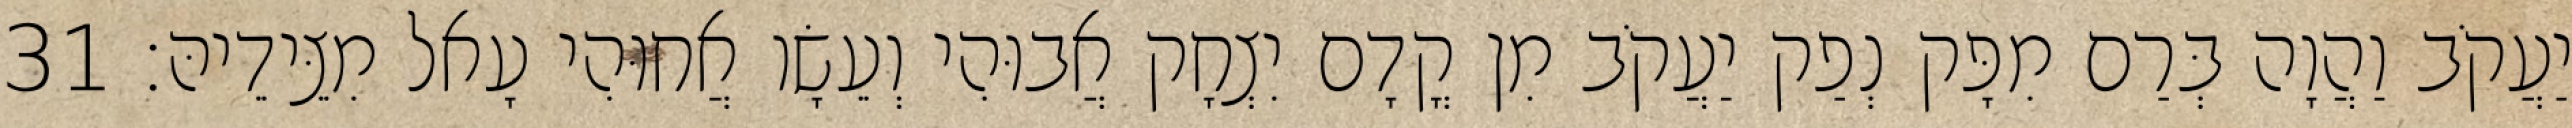
יַעֲקֹב וַהֲוָה בְּרַם מִפָּק נְפַק יַעֲקֹב מִן קֳדָם יִצְחָק אֲבוּהִי וְעֵשָׂו אֲחוּהִי עָאל מִצֵּידֵיהּ׃ 31